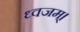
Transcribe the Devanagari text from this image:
ध्वजम्।